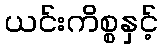
ယင်းကိစ္စနှင့်